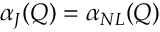
\alpha _ { J } ( Q ) = \alpha _ { N L } ( Q )